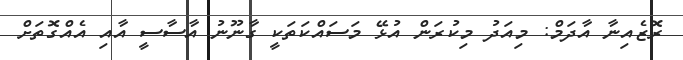
ރޮޒެއިނާ އާދަމް: މިއަދު މިކުރަން އުޅޭ މަސައްކަތަކީ ގާނޫނު އާސާސީ އާއި އެއްގޮތަށް